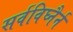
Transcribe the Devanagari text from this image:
सर्वविघ्नैर्न